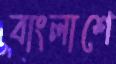
বাংলাশে